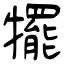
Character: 犤